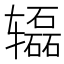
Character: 𰺢